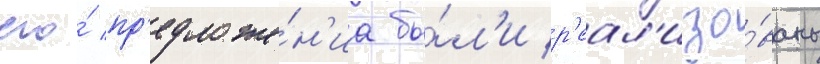
его́ пр'едложе́н'иа бы́л'и р'еал'изо́ваны